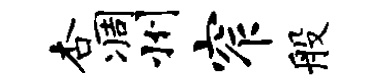
杏凋州窄般